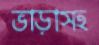
ভাড়াসহ